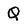
Character: Q